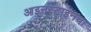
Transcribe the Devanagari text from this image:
आइनस्टाइनचा